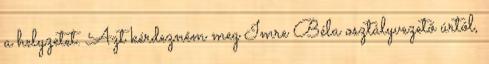
a helyzetet. Azt kérdezném meg Imre Béla osztályvezető úrtól,